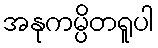
အနုကမ္ပိတရူပါ